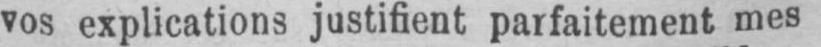
vos explications justifient parfaitement mes